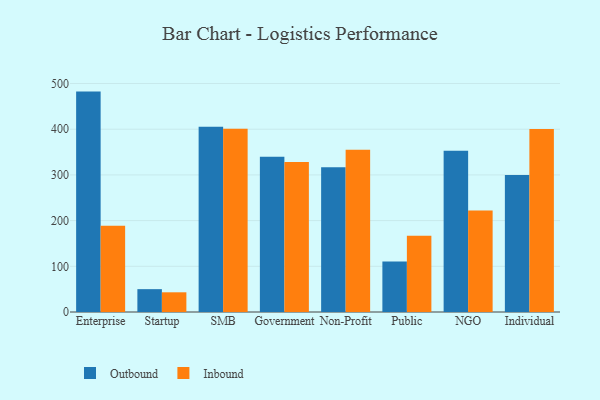
{"axis": {"x": "Segment", "y": "Inventory Turnover"}, "legend": ["Inbound", "Outbound"], "data": [{"x": "Enterprise", "y": 482.3, "type": "Outbound"}, {"x": "Enterprise", "y": 189.0, "type": "Inbound"}, {"x": "Startup", "y": 50.0, "type": "Outbound"}, {"x": "Startup", "y": 43.1, "type": "Inbound"}, {"x": "SMB", "y": 405.6, "type": "Outbound"}, {"x": "SMB", "y": 401.2, "type": "Inbound"}, {"x": "Government", "y": 340.0, "type": "Outbound"}, {"x": "Government", "y": 328.1, "type": "Inbound"}, {"x": "Non-Profit", "y": 317.0, "type": "Outbound"}, {"x": "Non-Profit", "y": 355.2, "type": "Inbound"}, {"x": "Public", "y": 110.4, "type": "Outbound"}, {"x": "Public", "y": 166.7, "type": "Inbound"}, {"x": "NGO", "y": 352.6, "type": "Outbound"}, {"x": "NGO", "y": 222.0, "type": "Inbound"}, {"x": "Individual", "y": 299.6, "type": "Outbound"}, {"x": "Individual", "y": 400.6, "type": "Inbound"}]}